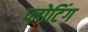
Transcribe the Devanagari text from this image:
प्लोटिंग